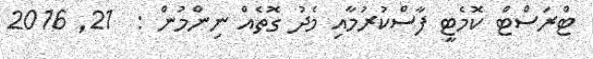
ޓްރަސްޓް ކޮމެޓީ ފާސްކުރުމާއި މެދު ގޮތެއް ނިންމުން :  21